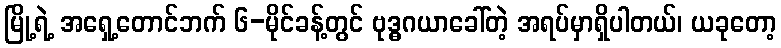
မြို့ရဲ့ အရှေ့တောင်ဘက် ၆-မိုင်ခန့်တွင် ဗုဒ္ဓဂယာခေါ်တဲ့ အရပ်မှာရှိပါတယ်၊ ယခုတော့